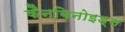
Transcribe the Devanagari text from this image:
कैनबिनोइड्स